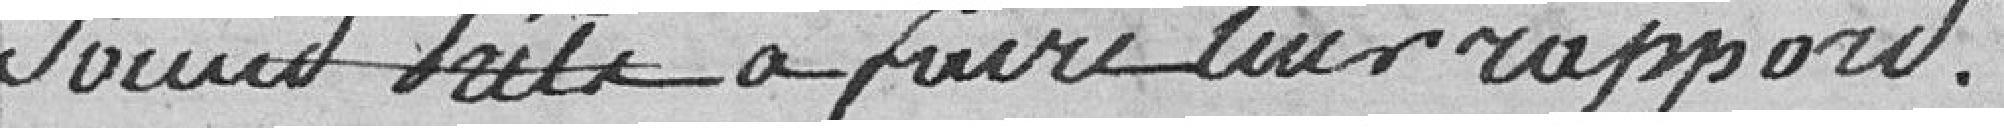
soient prêts à faire un rapport.